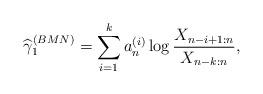
LaTeX: \begin{align*}\widehat{\gamma}_{1}^{\left( BMN\right) }=\sum_{i=1}^{k}a_{n}^{\left(i\right) }\log\frac{X_{n-i+1:n}}{X_{n-k:n}}, \end{align*}